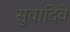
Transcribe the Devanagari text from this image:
सुवादिवे